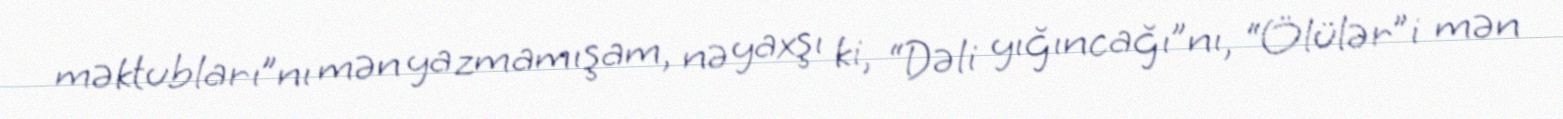
məktubları”nı mən yazmamışam, nə yaxşı ki, “Dəli yığıncağı”nı, “Ölülər”i mən